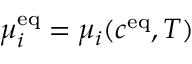
\mu _ { i } ^ { \mathrm { { e q } } } = \mu _ { i } ( c ^ { \mathrm { { e q } } } , T )